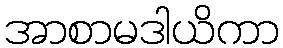
အာစာမဒါယိကာ